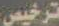
ترخيص